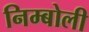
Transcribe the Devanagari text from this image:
निम्‍बोली